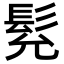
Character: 𩬌